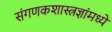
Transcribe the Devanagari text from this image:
संगणकशास्त्रज्ञांमध्ये